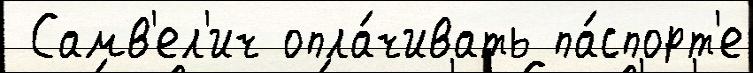
 Самв'ел'ич опла́чивать па́спорт'е